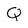
Character: Q